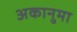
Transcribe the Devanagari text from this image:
अकानुमा